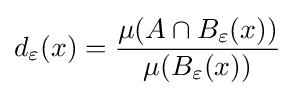
d_{\varepsilon }(x)={\frac {\mu (A\cap B_{\varepsilon }(x))}{\mu (B_{\varepsilon }(x))}}